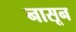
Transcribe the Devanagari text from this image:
नासून